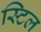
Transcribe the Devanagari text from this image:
स्‍टिल